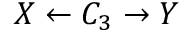
X \leftarrow C _ { 3 } \rightarrow Y